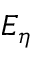
E _ { \eta }